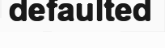
defaulted